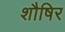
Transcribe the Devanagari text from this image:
शौषिर